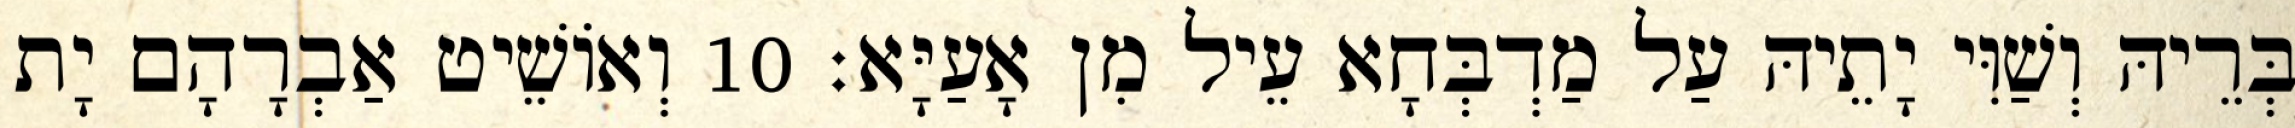
בְּרֵיהּ וְשַׁוִּי יָתֵיהּ עַל מַדְבְּחָא עֵיל מִן אָעַיָּא׃ 10 וְאוֹשֵׁיט אַבְרָהָם יָת